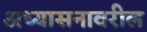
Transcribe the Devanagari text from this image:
अध्यासनावरील